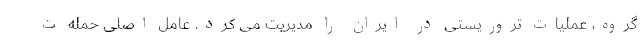
گروه، عملیات تروریستی در ایران را مدیریت می کرد. عامل اصلی حمله ت